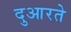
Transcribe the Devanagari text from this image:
दुआरते